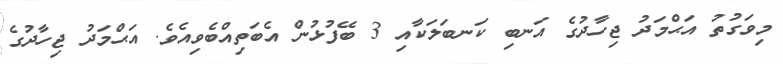
މިވަގުތު އަޙްމަދު ޖިހާދުގެ އަނބި ކަނބަލަކާއި 3 ބޭފުޅުން އެބަތިއްބެވިއެވެ. އަޙްމަދު ޖިހާދުގެ